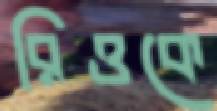
রিওকে